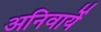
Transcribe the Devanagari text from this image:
अनिवार्ये